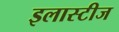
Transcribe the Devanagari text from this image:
इलास्टीज